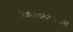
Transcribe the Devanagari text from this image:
अंत्यसंस्कारांविषयी